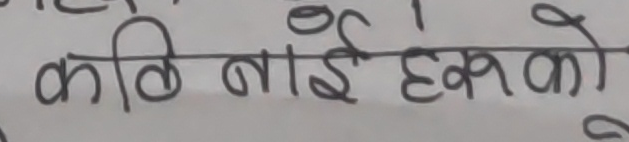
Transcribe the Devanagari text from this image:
कति बाई हरुको